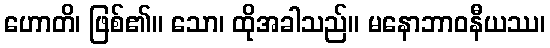
ဟောတိ၊ ဖြစ်၏။ သော၊ ထိုအခါသည်။ မနောဘာဝနီယဿ၊